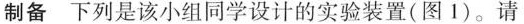
制备 下列是该小组同学设计的实验装置(图1)。请